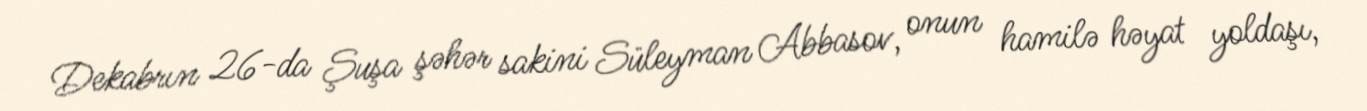
Dekabrın 26-da Şuşa şəhər sakini Süleyman Abbasov, onun hamilə həyat yoldaşı,